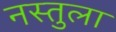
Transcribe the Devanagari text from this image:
नस्तुला